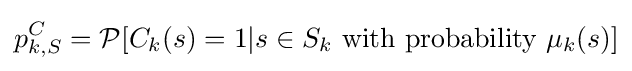
p_{k,S}^{C}={\mathcal {P}}[C_{k}(s)=1|s\in S_{k}{\text{ with probability }}\mu _{k}(s)]